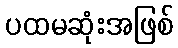
ပထမဆုံးအဖြစ်